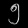
Digit: ၅